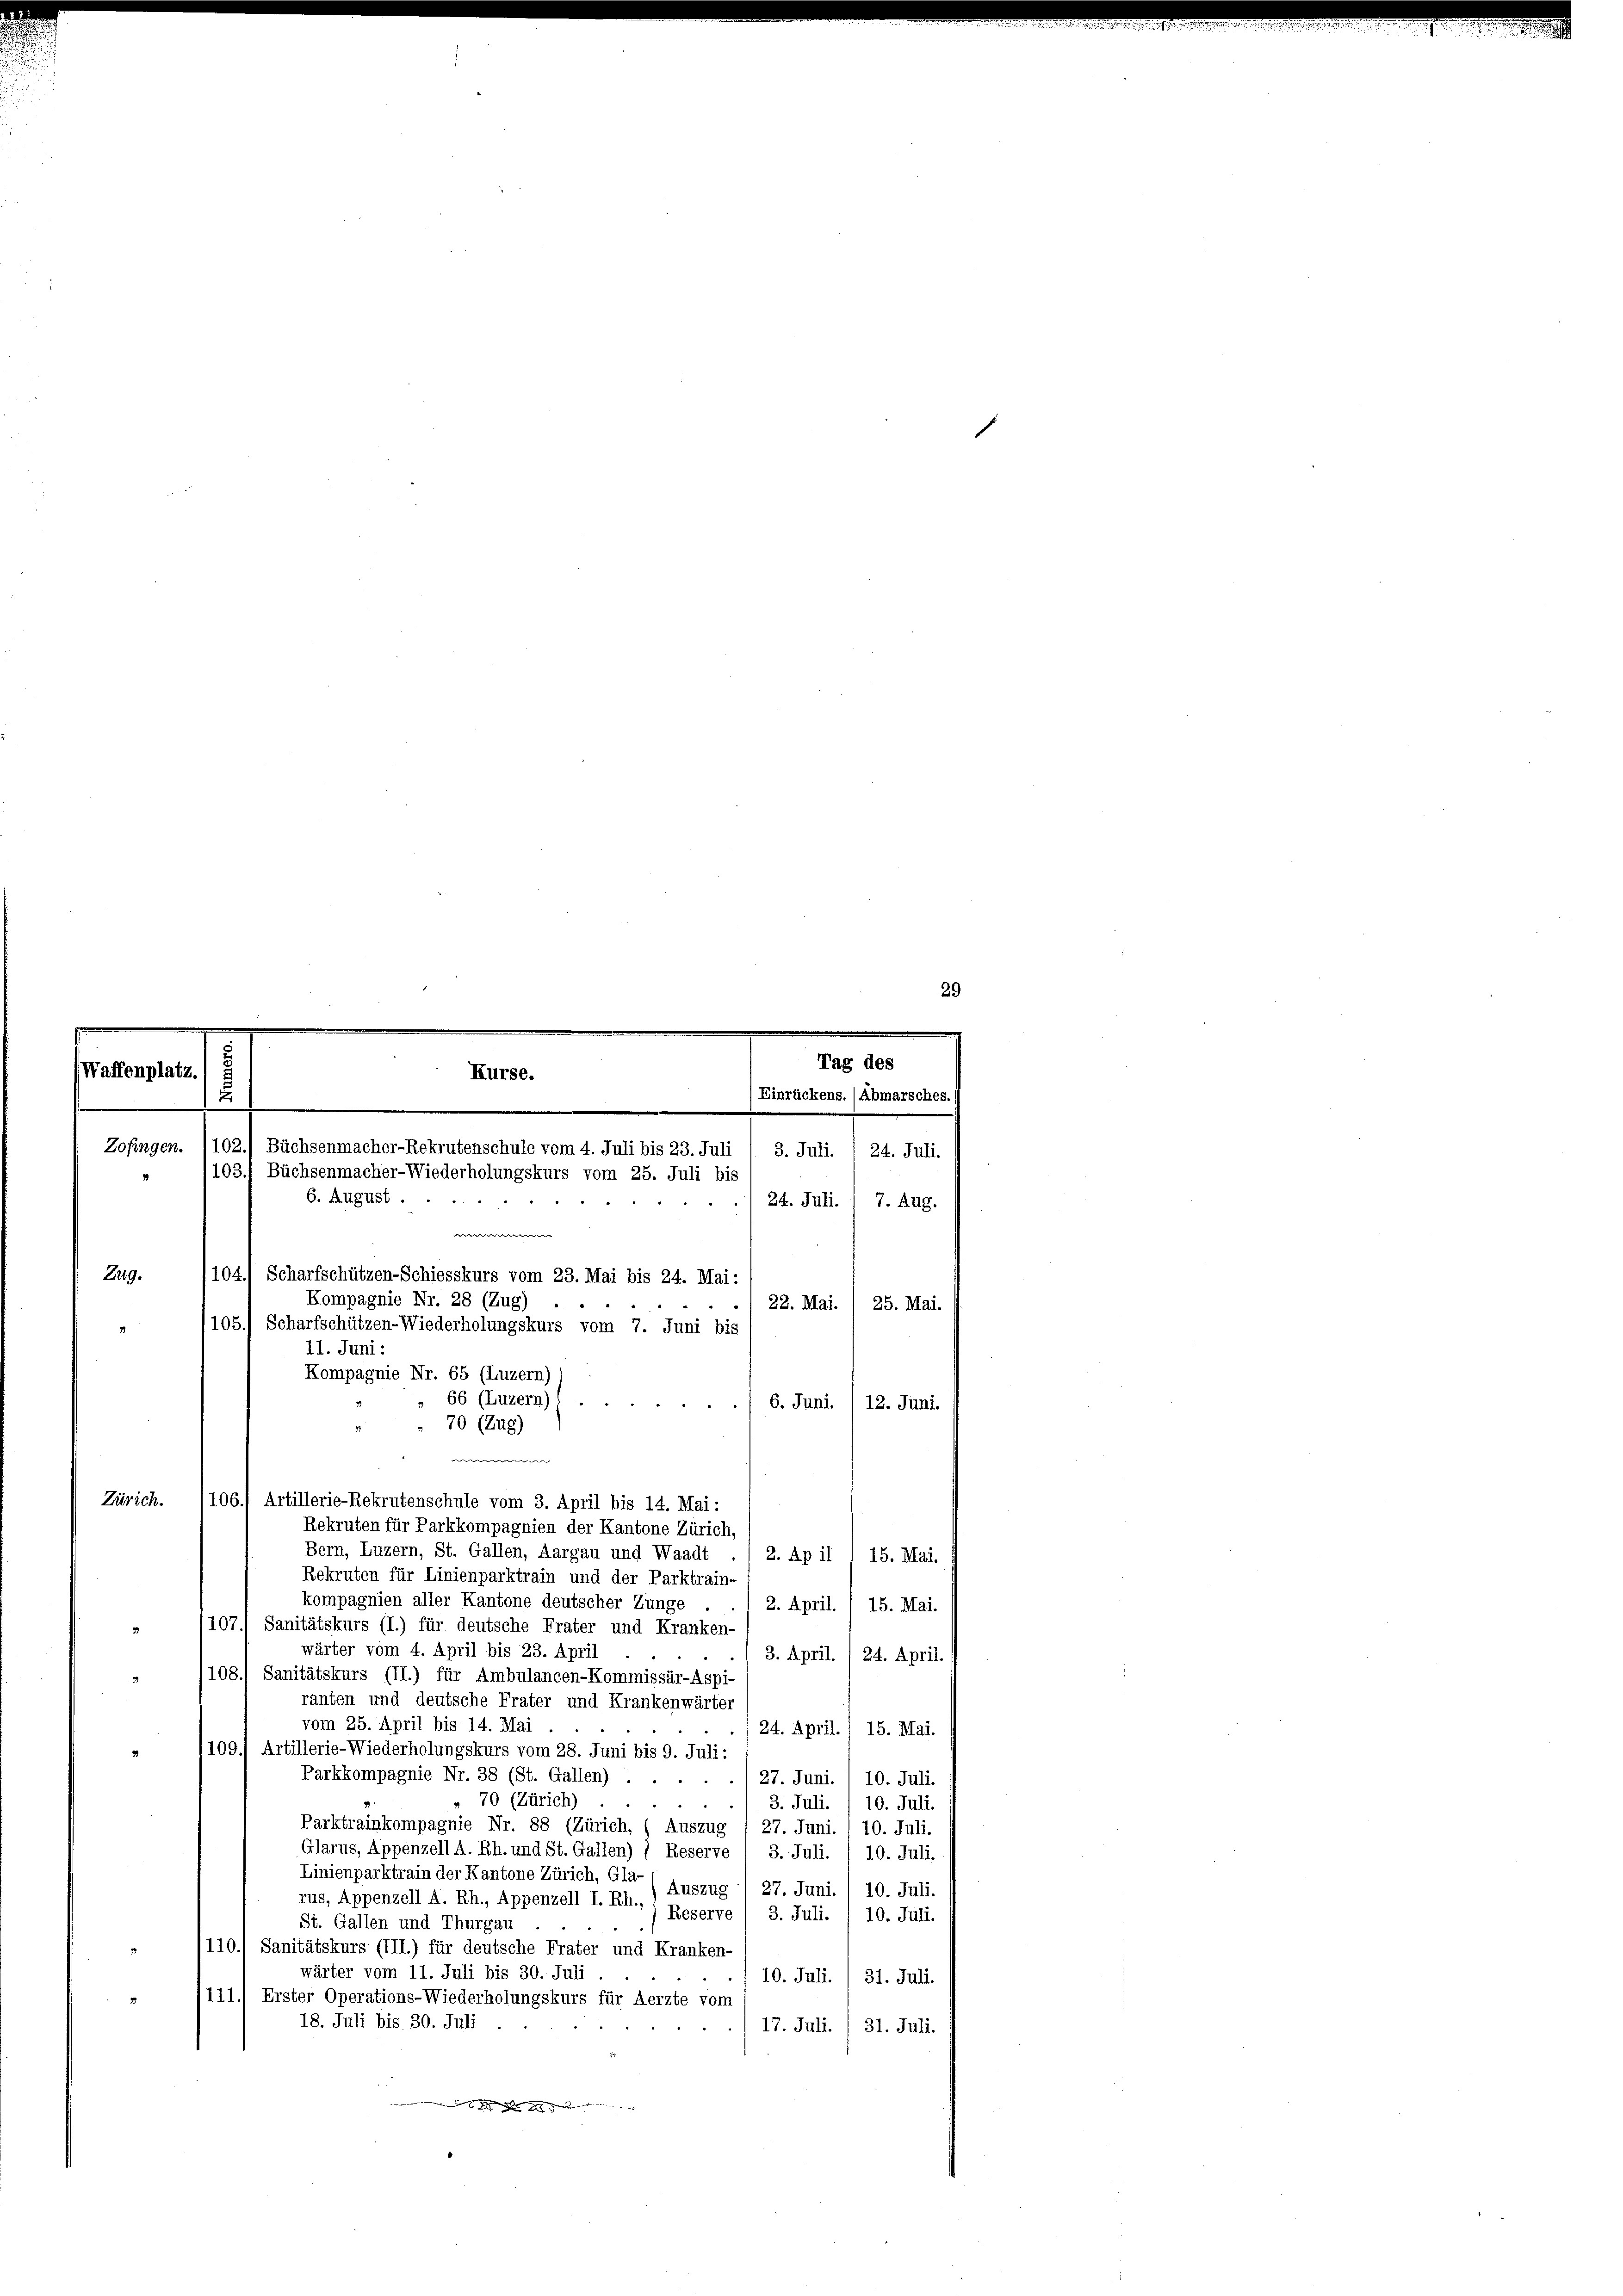
29
.
Tag des

Waffenplatz. 5
u
Zug.

Rekruten für Parkkompagnien der Kantone Zürich,
Bern, Luzern, St. Gallen, Aargau und Waadt
2. Ap il I 15. Mai.
Rekruten für Linienparktrain und der Parktrain-
kompagnien aller Kantone deutscher Zunge
2. April. / 15. Mai.
1071 Sanitätskurs (I.) für deutsche Frater und Kranken-
wärter vom 4. April bis 23. April
3. April. , 24. April.
108.) Sanitätskurs (II.) für Ambulancen-Kommissär-Aspi-
ranten und deutsche Frater und Krankenwärter
vom 25. April bis 14. Mai .
24. April. 1 15. Mai.
109.) Artillerie-Wiederholungskurs vom 28. Juni bis 9. Juli:
Parkkompagnie Nr. 38 (St. Gallen) ...
27. Juni. / 10. Juli.
" 70 (Zürich)
3. Juli.
10. Juli
Parktrainkompagnie Nr. 88 (Zürich, (Auszug
27. Juni. 1 10. Juli.
Glarus, Appenzell A. Rh. und St. Gallen) ) Reserve
3. Juli.
10. Juli.
Linienparktrain der Kantone Zürich, Gla
Auszug
27. Juni.
10. Juli.
rus, Appenzell A. Rh., Appenzell I. Rh.
) Reserve
3. Juli.
10. Juli.
St. Gallen und Thurgau
110.) Sanitätskurs (III.) für deutsche Frater und Kranken-
wärter vom 11. Juli bis 30. Juli
10. Juli. I 31. Juli.
111.) Erster Operations-Wiederholungskurs für Aerzte vom
18. Juli bis 30. Juli.
17. Juli. / 31. Juli.

Zofingen.

Kurse.
Einrückens. (Abmarsches.
102.) Büchsenmacher-Rekrutenschule vom 4. Juli bis 23. Juli
3. Juli. / 24. Juli.
103. Büchsenmacher-Wiederholungskurs vom 25. Juli bis
6. August.
24. Juli. / 7. Aug.
e
104.) Scharfschützen-Schiesskurs vom 23. Mai bis 24. Mai:
Kompagnie Nr. 28 (Zug)
22. Mai. / 25. Mai.
105.) Scharfschützen-Wiederholungskurs vom 7. Juni bis
11. Juni:
Kompagnie Nr. 65 (Luzern)
66 (Luzern)
6. Juni. /12. Juni.
70 (Zug)
w
Zürich. 1106.) Artillerie-Rekrutenschule vom 3. April bis 14. Mai: